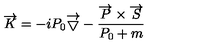
\overrightarrow { K } = - i P _ { 0 } \overrightarrow { \bigtriangledown } - \frac { \overrightarrow { P } \times \overrightarrow { S } } { P _ { 0 } + m }